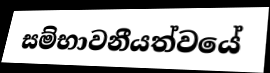
සම්භාවනීයත්වයේ